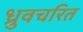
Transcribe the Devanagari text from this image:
ध्रुवचरित